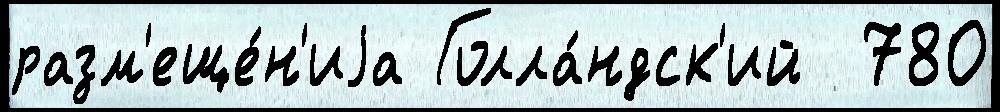
разм'еще́н'иjа Голла́ндск'ий  780